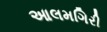
આલમગિરી